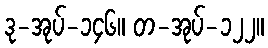
ဒု-အုပ်-၁၄၆။ တ-အုပ်-၁၂၂။